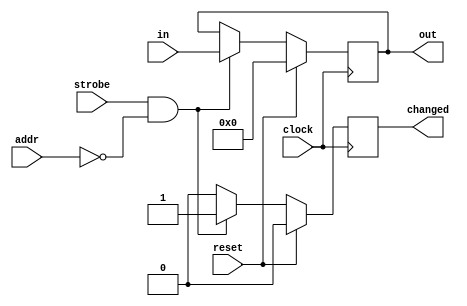


module setting_reg
  ( input clock, input reset, input strobe, input wire [6:0] addr,
    input wire [31:0] in, output reg [31:0] out, output reg changed);
   parameter my_addr = 0;
   
   always @(posedge clock)
     if(reset)
       begin
	  out <= #1 32'd0;
	  changed <= #1 1'b0;
       end
     else
       if(strobe & (my_addr==addr))
	 begin
	    out <= #1 in;
	    changed <= #1 1'b1;
	 end
       else
	 changed <= #1 1'b0;
   
endmodule // setting_reg